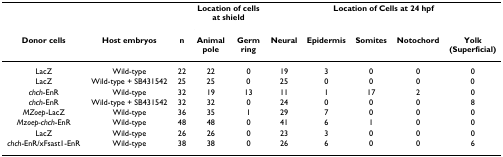
|  |  |  | <COLSPAN=2> Location of cells at shield | <COLSPAN=5> Location of Cells at 24 hpf |
 | Donor cells | Host embryos | n | Animal pole | Germ ring | Neural | Epidermis | Somites | Notochord | Yolk (Superficial) |
 | --- | --- | --- | --- | --- | --- | --- | --- | --- | --- |
 | LacZ | Wild-type | 22 | 22 | 0 | 19 | 3 | 0 | 0 | 0 |
 | LacZ | Wild-type + SB431542 | 25 | 25 | 0 | 25 | 0 | 0 | 0 | 0 |
 | chch-EnR | Wild-type | 32 | 19 | 13 | 11 | 1 | 17 | 2 | 0 |
 | chch-EnR | Wild-type + SB431542 | 32 | 32 | 0 | 24 | 0 | 0 | 0 | 8 |
 | MZoep-LacZ | Wild-type | 36 | 35 | 1 | 29 | 7 | 0 | 0 | 0 |
 | Mzoep-chch-EnR | Wild-type | 48 | 48 | 0 | 41 | 6 | 1 | 0 | 0 |
 | LacZ | Wild-type | 26 | 26 | 0 | 23 | 3 | 0 | 0 | 0 |
 | chch-EnR/xFsast1-EnR | Wild-type | 38 | 38 | 0 | 26 | 6 | 0 | 0 | 6 |